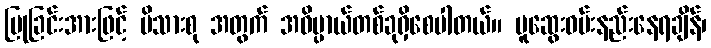
ပြုခြင်းအားဖြင့် မိသားစု အတွက် အဓိပ္ပာယ်တစ်ခုရှိစေပါတယ်။ ပူဆွေးဝမ်းနည်းနေရချိန်၊